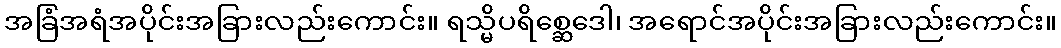
အခြံအရံအပိုင်းအခြားလည်းကောင်း။ ရသ္မိပရိစ္ဆေဒေါ၊ အရောင်အပိုင်းအခြားလည်းကောင်း။